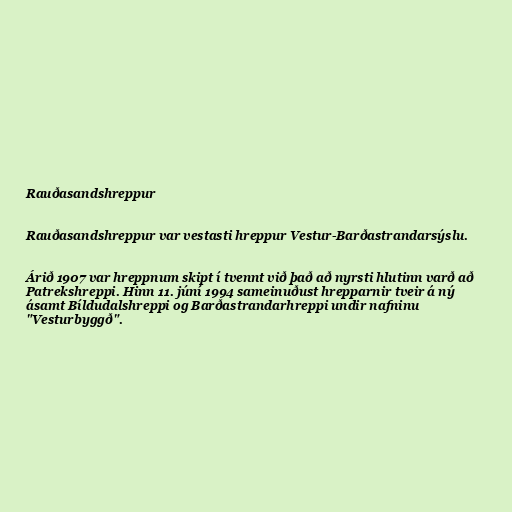
Rauðasandshreppur

Rauðasandshreppur var vestasti hreppur Vestur-Barðastrandarsýslu.

Árið 1907 var hreppnum skipt í tvennt við það að nyrsti hlutinn varð að
Patrekshreppi. Hinn 11. júní 1994 sameinuðust hrepparnir tveir á ný
ásamt Bíldudalshreppi og Barðastrandarhreppi undir nafninu
"Vesturbyggð".